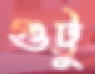
গুট্টু